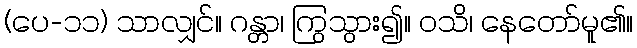
(ပေ-၁၁) သာလျှင်။ ဂန္တာ၊ ကြွသွား၍။ ဝသိ၊ နေတော်မူ၏။